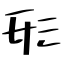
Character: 形